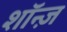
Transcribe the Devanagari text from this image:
शॉन्ज़